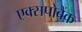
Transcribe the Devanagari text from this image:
एक्सपोबैंक